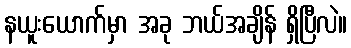
နယူးယောက်မှာ အခု ဘယ်အချိန် ရှိပြီလဲ။